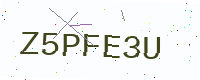
Text: Z5PFE3U